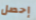
إحصل